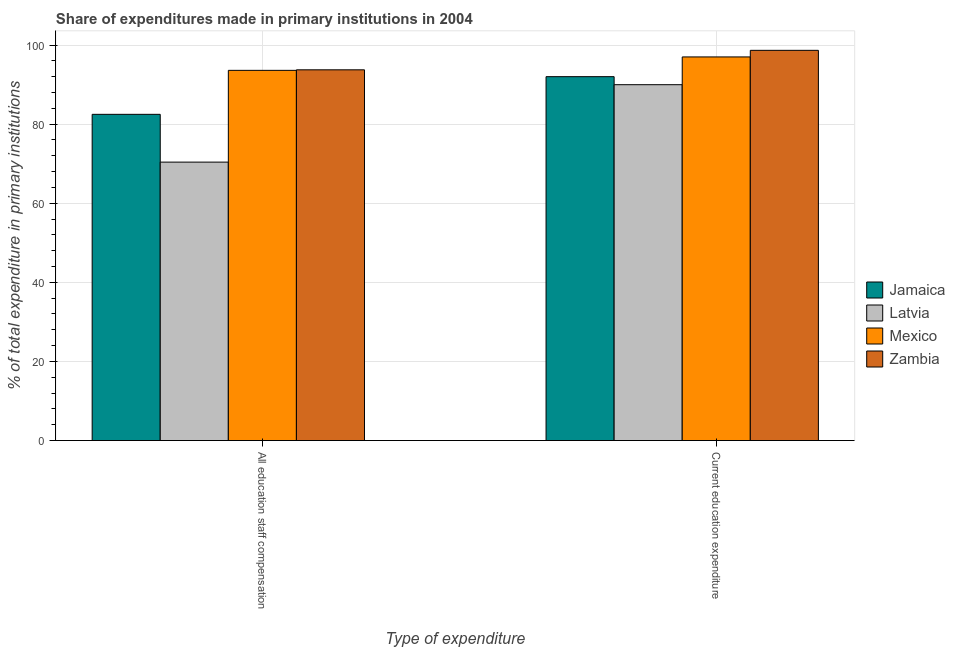
| Type of expenditure | Jamaica | Latvia | Mexico | Zambia |
 | --- | --- | --- | --- | --- |
 | All education staff compensation | 82.5 | 70.4 | 93.6 | 93.7 |
 | Current education expenditure | 92 | 90 | 97 | 98.7 |